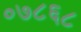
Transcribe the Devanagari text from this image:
०७८६८